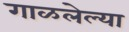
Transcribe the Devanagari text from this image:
गाळलेल्या